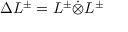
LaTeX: \Delta L ^ { \pm } = L ^ { \pm } \dot { \otimes } L ^ { \pm }